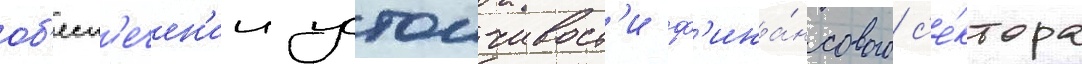
об'есп'ечен'ии устоичивост'и ф'ина́нсового с'е́ктора